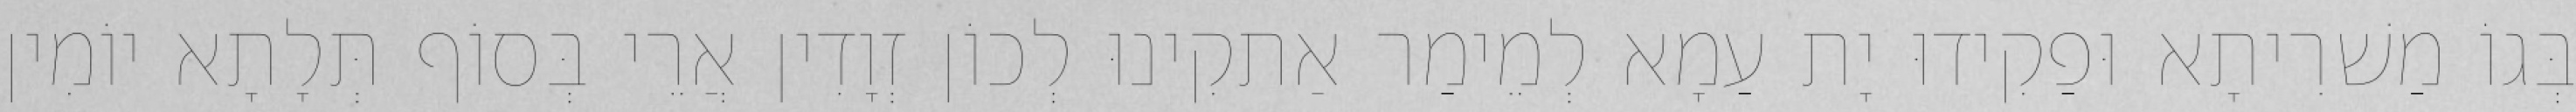
בְּגוֹ מַשׁרִיתָא וּפַקִידוּ יָת עַמָא לְמֵימַר אַתקִינוּ לְכוֹן זְוָדִין אֲרֵי בְּסוֹף תְּלָתָא יוֹמִין